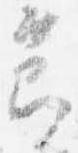
節